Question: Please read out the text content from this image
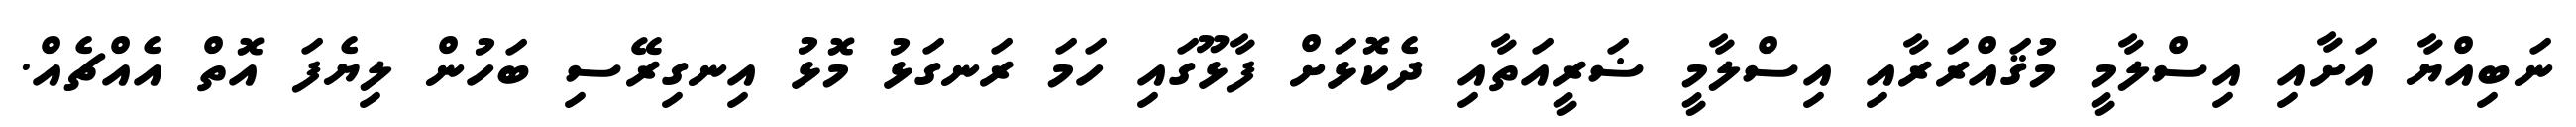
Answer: ނަބިއްޔާ އަށާއި އިސްލާމީ މުޤައްރަރާއި އިސްލާމީ ޟަރީއަތާއި ދެކޮޅަށް ފާޅޫގައި ހަމަ ރަނގަޅު މޮޅު އިނގިރޭސި ބަހުން ލިޔެފަ އޮތް އެއްޗެއް.